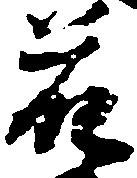
花